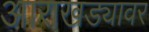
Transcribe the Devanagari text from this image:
आराखड्यावर